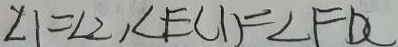
\angle 1 = \angle 2 , \angle E C D = \angle F D C